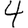
Digit: 4